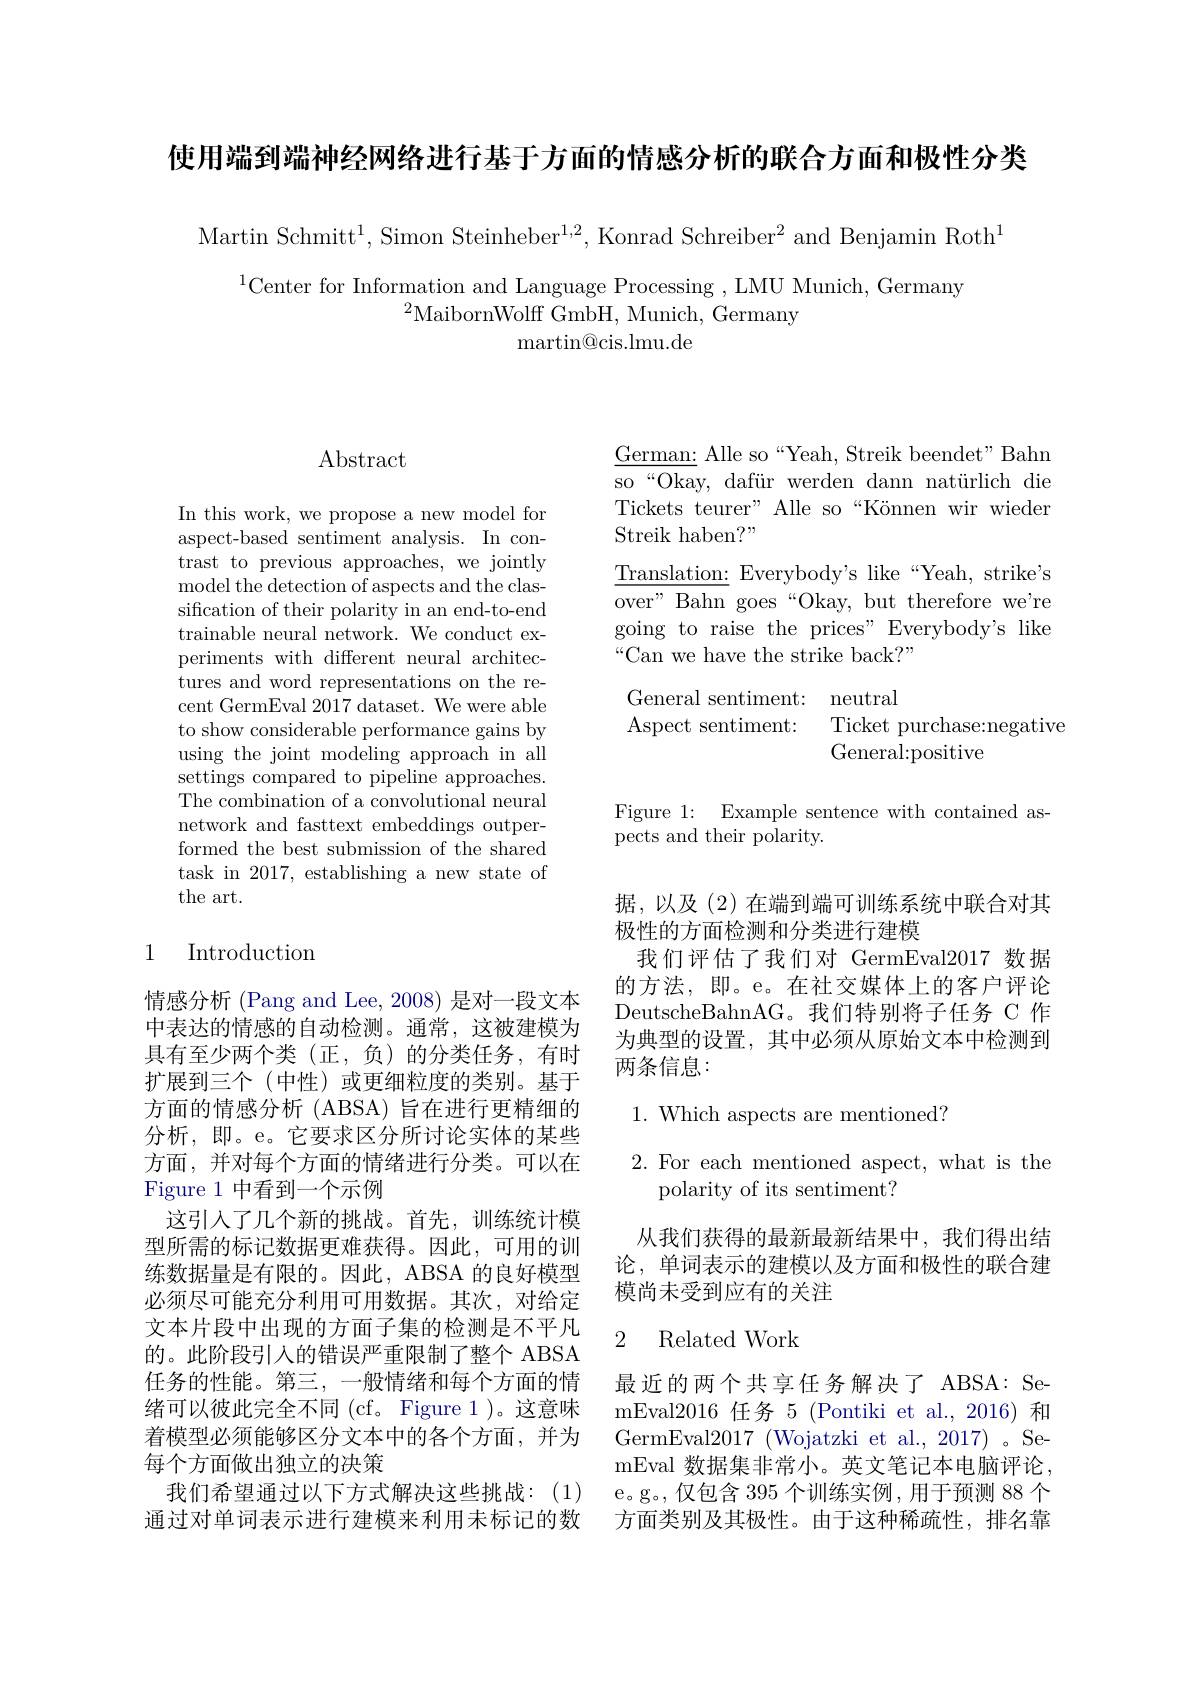
使用端到端神经网络进行基于方面的情感分析的联合方面和极性分类

Martin Schmit$t^{1}$, Simon Steinhebe$r^{1, 2}$, Konrad Schreibe$r^{2}$ and Benjamin Rot$h^{1}$

$^{1}$Center for Information and Language Processing , LMU Munich, Germany
$^{2}$MaibornWolff GmbH, Munich, Germany
${\mathrm{martin@cis.lmu.de}}$

## $\operatorname{Abstract}$

In this work, we propose a new model for aspect-based sentiment analysis. In contrast to previous approaches, we jointly model the detection of aspects and the classification of their polarity in an end-to-end trainable neural network. We conduct experiments with different neural architectures and word representations on the recent GermEval 2017 dataset. We were able to show considerable performance gains by using the joint modeling approach in all settings compared to pipeline approaches. The combination of a convolutional neural network and fasttext embeddings outperformed the best submission of the shared task in 2017, establishing a new state of the art.

## 1 Introduction

情感分析 (Pang and Lee, 2008) 是对一段文本中表达的情感的自动检测。通常，这被建模为具有至少两个类(正，负)的分类任务，有时扩展到三个(中性)或更细粒度的类别。基于方面的情感分析 (ABSA) 旨在进行更精细的分析，即。e。它要求区分所讨论实体的某些方面，并对每个方面的情绪进行分类。可以在Figure 1 中看到一个示例
这引入了几个新的挑战。首先，训练统计模型所需的标记数据更难获得。因此，可用的训练数据量是有限的。因此，ABSA 的良好模型必须尽可能充分利用可用数据。其次，对给定文本片段中出现的方面子集的检测是不平凡的。此阶段引入的错误严重限制了整个 ABSA 任务的性能。第三，一般情绪和每个方面的情绪可以彼此完全不同 (cf。Figure 1 )。这意味着模型必须能够区分文本中的各个方面，并为每个方面做出独立的决策
我们希望通过以下方式解决这些挑战：(1) 通过对单词表示进行建模来利用未标记的数

$\underline{\mathrm{German:~Alle~so~“Yeah,~Streik~beendet"Bahn}}$ so“Okay, dafür werden dann natürlich die Tickets teurer" Alle so“Können wir wieder Streik haben?"
$\underline{\mathrm{Translation:~Everybody's~like~“Yeah,~strike's}}$ over" Bahn goes“Okay, but therefore we're going to raise the prices" Everybody's like “Can we have the strike back?”

General sentiment: neutral
Aspect sentiment: Ticket purchase:negative
General:positive

Figure 1: Example sentence with contained as-
pects and their polarity.

据，以及(2)在端到端可训练系统中联合对其
极性的方面检测和分类进行建模
我们评估了我们对 GermEval2017 数据的方法，即。e。在社交媒体上的客户评论DeutscheBahnAG。我们特别将子任务 C 作为典型的设置，其中必须从原始文本中检测到两条信息：

$1.{\mathrm{~Which~aspects~are~mentioned?}}$

2. For each mentioned aspect, what is the
polarity of its sentiment?

从我们获得的最新最新结果中，我们得出结论，单词表示的建模以及方面和极性的联合建模尚未受到应有的关注

### 2 Related Work

最近的两个共享任务解决了 ABSA: SemEval2016 任务 5 (Pontiki et al., 2016) 和GermEval2017 ( Wojatzki et al. , 2017) SemEval 数据集非常小。英文笔记本电脑评论， e。g。,仅包含 395 个训练实例，用于预测 88 个方面类别及其极性。由于这种稀疏性，排名靠